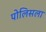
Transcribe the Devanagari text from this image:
पोलिसला